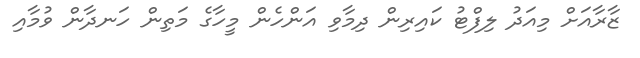
ޒާރާއަށް މިއަދު ލިފްޓު ކައިރިން ދިމާވި އަންހެން މީހާގެ މަތިން ހަނދާން ވުމާއި